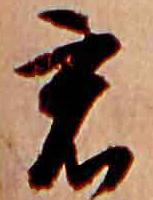
君